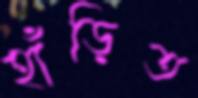
হাঁড়িত